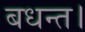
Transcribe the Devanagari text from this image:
बधन्त।